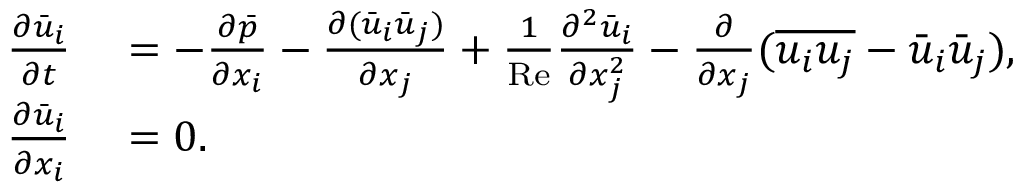
\begin{array} { r l } { \frac { \partial \bar { u } _ { i } } { \partial t } } & { { } = - \frac { \partial \bar { p } } { \partial x _ { i } } - \frac { \partial ( \bar { u } _ { i } \bar { u } _ { j } ) } { \partial x _ { j } } + \frac { 1 } { \mathrm { R e } } \frac { \partial ^ { 2 } \bar { u } _ { i } } { \partial x _ { j } ^ { 2 } } - \frac { \partial } { \partial x _ { j } } ( \overline { { u _ { i } u _ { j } } } - \bar { u } _ { i } \bar { u } _ { j } ) , } \\ { \frac { \partial \bar { u } _ { i } } { \partial x _ { i } } } & { { } = 0 . } \end{array}